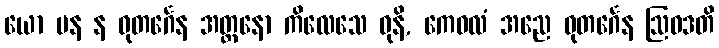
ယော ပန န ဓုတင်္ဂေန အတ္တနော ကိလေသေ ဓုနိ, ကေဝလံ အညေ ဓုတင်္ဂေန ဩဝဒတိ